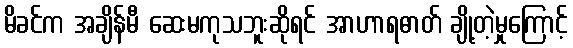
မိခင်က အချိန်မီ ဆေးမကုသဘူးဆိုရင် အာဟာရဓာတ် ချို့တဲ့မှုကြောင့်